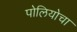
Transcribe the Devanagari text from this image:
पोलियोचा